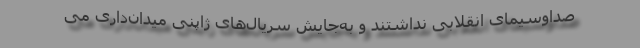
صداوسیمای انقلابی نداشتند و به‌جایش سریال‌های ژاپنی میدان‌داری می